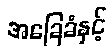
အခြေခံနှင့်